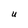
Character: U